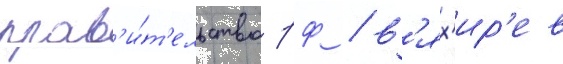
прав'и́т'ельство рф / в'ях'ир'ев